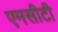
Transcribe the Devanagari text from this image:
एमसीटी